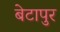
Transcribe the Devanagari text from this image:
बेटापुर